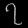
Digit: ၇